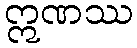
ဣဏဿ